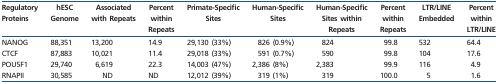
<table><thead><tr><td><b>Regulatory Proteins</b></td><td><b>hESC Genome</b></td><td><b>Associated with Repeats</b></td><td><b>Percent within Repeats</b></td><td><b>Primate-Specific Sites</b></td><td><b>Human-Specific Sites</b></td><td><b>Human-Specific Sites within Repeats</b></td><td><b>Percent within Repeats</b></td><td><b>LTR/LINE Embedded</b></td><td><b>Percent within LTR/LINE</b></td></tr></thead><tbody><tr><td>NANOG</td><td>88,351</td><td>13,200</td><td>14.9</td><td>29,130 (33%)</td><td>826 (0.9%)</td><td>824</td><td>99.8</td><td>532</td><td>64.4</td></tr><tr><td>CTCF</td><td>87,883</td><td>10,021</td><td>11.4</td><td>29,018 (33%)</td><td>591 (0.7%)</td><td>590</td><td>99.8</td><td>104</td><td>17.6</td></tr><tr><td>POU5F1</td><td>29,740</td><td>6,619</td><td>22.3</td><td>14,003 (47%)</td><td>2,386 (8%)</td><td>2,383</td><td>99.9</td><td>116</td><td>4.9</td></tr><tr><td>RNAPII</td><td>30,585</td><td>ND</td><td>ND</td><td>12,012 (39%)</td><td>319 (1%)</td><td>319</td><td>100.0</td><td>5</td><td>1.6</td></tr></tbody></table>